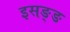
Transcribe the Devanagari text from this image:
इसङ्ङ